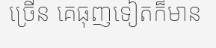
ច្រើន គេធុញទៀតក៏មាន